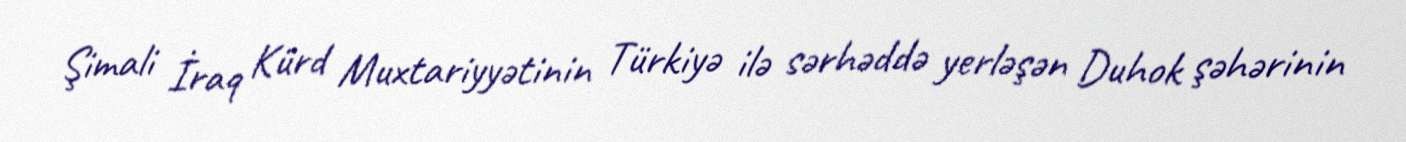
Şimali İraq Kürd Muxtariyyətinin Türkiyə ilə sərhəddə yerləşən Duhok şəhərinin